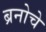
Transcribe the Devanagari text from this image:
ब्रनोचे